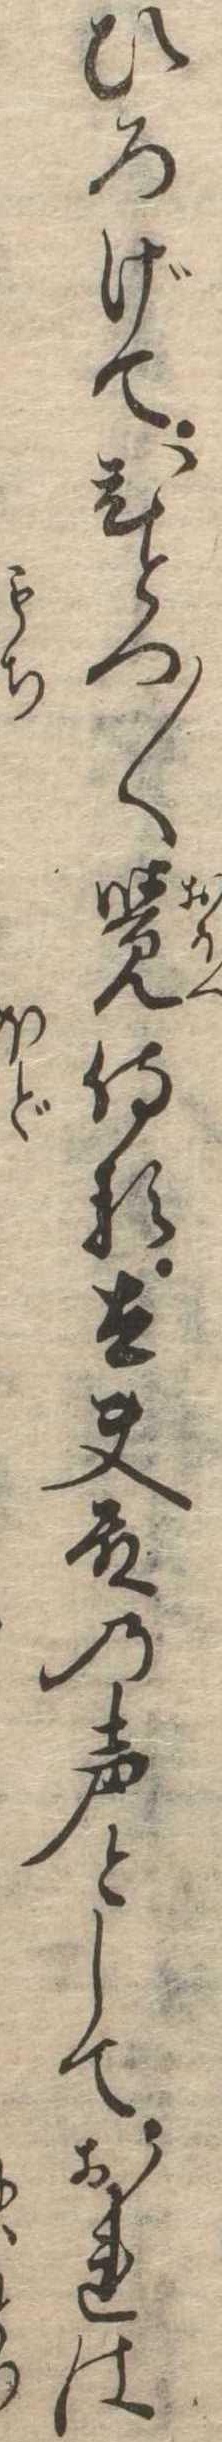
ひろげてひとつ〱覚侍る太夫殿の声としておれは